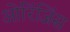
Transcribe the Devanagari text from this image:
ओरिंजिंस